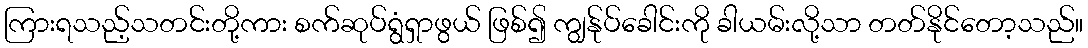
ကြားရသည့်သတင်းတို့ကား စက်ဆုပ်ရွံရှာဖွယ် ဖြစ်၍ ကျွန်ုပ်ခေါင်းကို ခါယမ်းလို့သာ တတ်နိုင်တော့သည်။